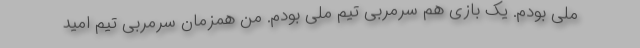
ملی بودم. یک بازی هم سرمربی تیم ملی بودم. من همزمان سرمربی تیم امید